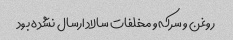
روغن و سرکه و مخلفات سالاد ارسال نشده بود